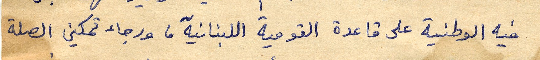
فيه الوطنية على قاعدة القومية اللبنانية، ورجاء تمكين الصلة